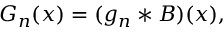
\begin{array} { r } { G _ { n } ( x ) = ( g _ { n } * B ) ( x ) , } \end{array}